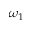
\omega _ { 1 }